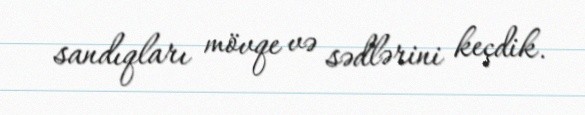
sandıqları mövqe və sədlərini keçdik.